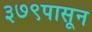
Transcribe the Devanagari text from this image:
३७९पासून